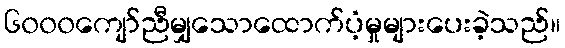
၆၀၀၀ကျော်ညီမျှသောထောက်ပံ့မှုများပေးခဲ့သည်။